Vaccination in Bombay 1902-1912 - 1902-1912
Year: 1902
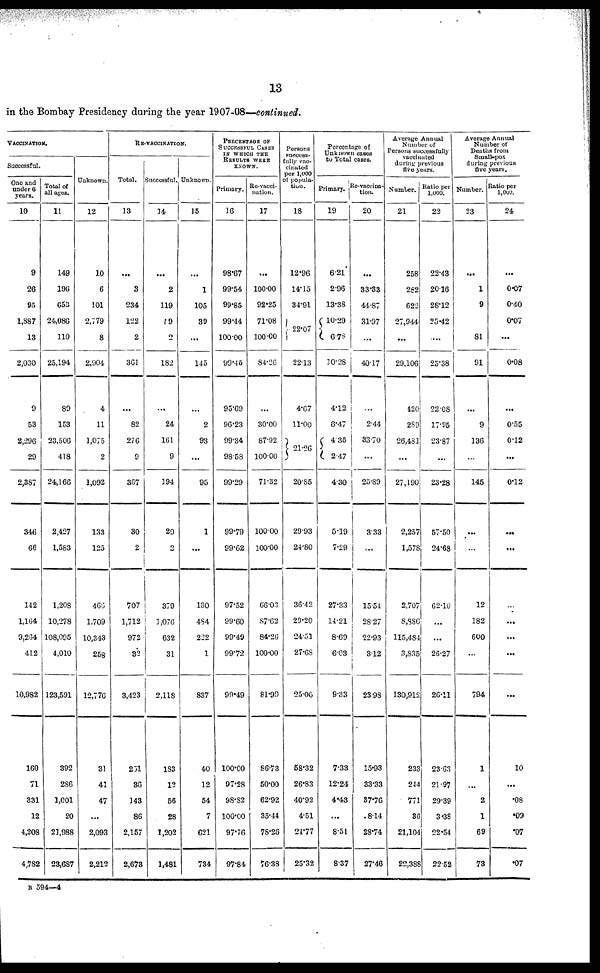
13
in the Bombay Presidency during the year 1907-08—continued.
VACCINATION.
Successful.
One and
under 6
years.
10
9
26
95
1,887
13
2,030
9
53
2,296
29
2,387
346
66
142
1,164
9,264
412
10,982
160
71
331
12
4,208
4,782
Total of
all ages.
11
149
196
653
24,086
110
25,194
89
153
23,506
418
24,166
2,427
1,583
1,208
10,278
108,095
4,010
123,591
392
286
1,001
20
21,988
23,687
Unknown.
12
10
6
101
2,779
8
2,904
4
11
1,075
2
1,092
133
125
466
1,709
10,343
258
12,776
31
41
47
...
2,093
2,212
RE-VACCINATION.
Total.
13
...
3
234
122
2
361
...
82
276
9
367
30
2
707
1,712
972
32
3,423
231
36
143
86
2,157
2,673
Successful.
14
...
2
119
19
2
182
...
24
161
9
194
29
2
379
1,076
632
31
2,118
183
12
56
28
1,202
1,481
Unknown.
15
...
1
105
39
...
145
...
2
93
...
95
1
...
130
484
222
1
837
40
12
54
7
621
734
PERCENTAGE OF
SUCCESSFUL CASES
IN WHICH THE
RESULTS WERE
KNOWN.
Primary.
16
98.67
99.54
99.85
99.44
100.00
99.15
95.69
96.23
99.34
98.58
99.29
99.79
99.62
97.52
99.60
99.49
99.72
99.49
100.00
97.28
98.82
100.00
97.76
97.84
Re-vacci¬
nation.
17
...
100.00
92.25
71.08
100.00
84.26
...
30.00
87.92
100.00
71.32
100.00
100.00
66.03
87.62
84.26
100.00
81.99
86.73
50.00
62.92
35.44
78.26
76.38
Persons
success-
fully vac¬
cinated
per 1,000
of popula-
tion.
18
12.96
14.15
34.91
22.07
22.13
4.67
11.00
21.26
20.85
29.93
24.80
36.42
29.20
24.51
27.68
25.06
58.32
26.83
40.92
4.51
24.77
25.32
Percentage of
Unknown cases
to Total cases.
Primary.
19
6.21
2.96
13.38
10.29
6.78
10.28
4.12
6.47
4.35
2.47
4.30
5.19
7.29
27.33
14.21
8.69
6.03
9.33
7.33
12.24
4.43
...
8.51
8.37
Re-vaccina¬
tion.
20
...
33.33
44.87
31.97
...
40.17
...
2.44
33.70
...
25.89
3.33
...
15.54
28.27
22.93
3.12
23.98
15.93
33.33
37.76
8.14
28.74
27.46
Average Annual
Number of
Persons successfully
vaccinated
during previous
five years.
Number.
21
258
282
622
27,944
...
29,106
420
289
26,481
...
27,190
2,257
1,578
2,707
8,886
115,484
3,835
130,912
233
2.14
771
36
21,104
22,388
Ratio per
1,000.
22
22.43
20.16
28.12
25.42
...
25.38
22.08
17.95
23.87
...
23.28
57.50
24.68
62.10
...
...
26.27
26.11
23.63
21.97
29.39
3.38
22.54
22.52
Average Annual
Number of
Deaths from
Small-pox
during previous
five years.
Number.
23
...
1
9
81
91
...
9
136
...
145
...
...
12
182
600
...
794
1
...
2
1
69
73
Ratio per
1,000.
24
...
0.07
0.40
0.07
...
0.08
...
0.55
0.12
...
0.12
...
...
...
...
...
...
...
10
...
.08
.09
.07
.07
B 594—4